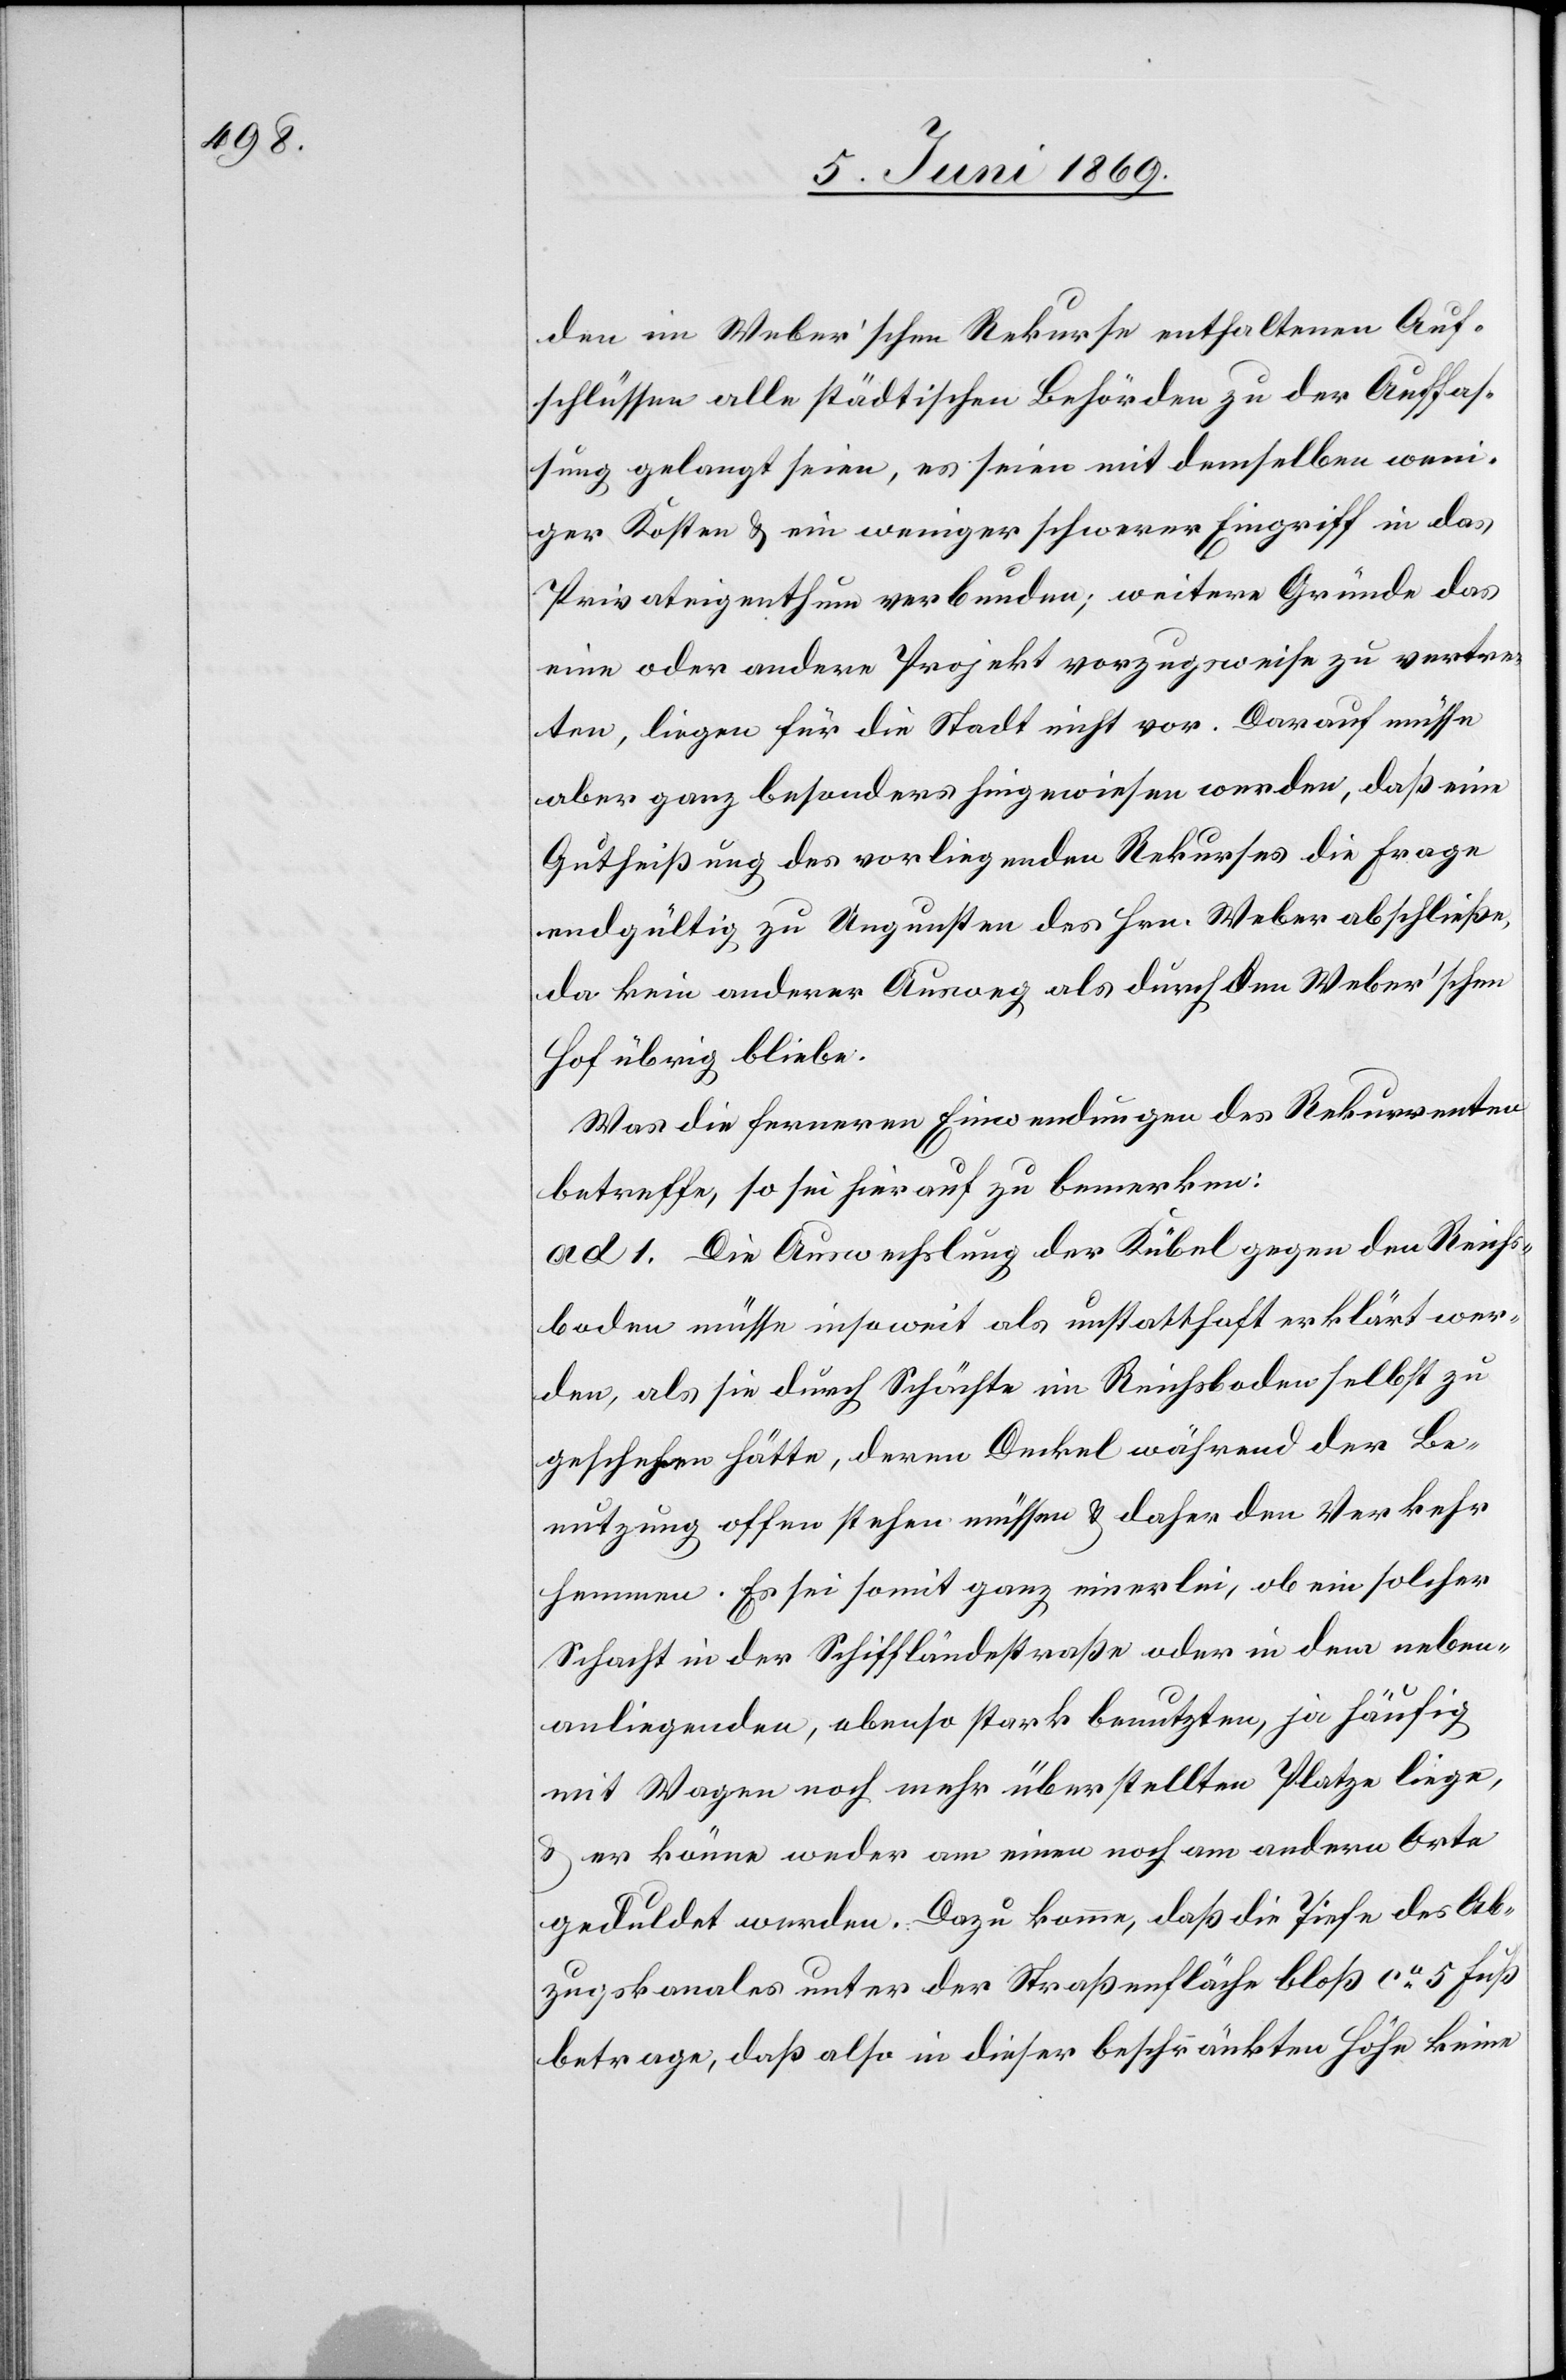
den im Weber’schen Rekurse enthaltenen Auf¬
schlüssen alle städtischen Behörden zu der Auffas¬
sung gelangt seien, es seien mit demselben weni¬
ger Kosten u. ein weniger schwerer Eingriff in das
Privateigenthum verbunden; weitere Gründe das
eine oder andere Projekt vorzugsweise zu vertre¬
ten, liegen für die Stadt nicht vor. Darauf müsse
aber ganz besonders hingewiesen werden, daß eine
Gutheißung des vorliegenden Rekurses die Frage
endgültig zu Ungunsten des Hrn. Weber abschließe,
da kein anderer Ausweg als durch den Weber’schen
Hof übrig bliebe.
Was die Ferneren Einwendungen des Rekurrenten
betreffe, so sei hierauf zu bemerken:
ad 1. Die Auswechslung der Kübel gegen den Reichs¬
boden müsse insoweit als unstatthaft erklärt wer¬
den, als sie durch Schächte im Reichsboden selbst zu
geschehen hätte, deren Deckel während der Be¬
nutzung offen stehen müssen u. daher den Verkehr
hemmen. Es sei somit ganz einerlei, ob ein solcher
Schacht in der Schiffländestraße oder in dem neben¬
anliegenden, ebenso stark benutzten, ja häufig
mit Wagen noch mehr überstellten Platze liege,
u. er könne weder am einen noch am andern Orte
geduldet werden. Dazu komme, daß die Tiefe des Ab¬
zugskanales unter der Straßenfläche bloß ca 5 Fuß
betrage, daß also in dieser beschränkten Höhe keine